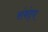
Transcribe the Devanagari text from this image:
संबंद्‌ध